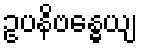
ဥပနိဗန္ဓေယျ